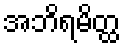
အဘိရမိတ္ထ